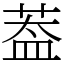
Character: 葢